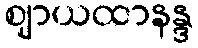
ဈာယထာနန္ဒ